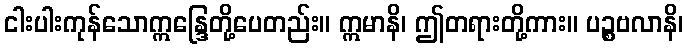
ငါးပါးကုန်သောဣန္ဒြေတို့ပေတည်း။ ဣမာနိ၊ ဤတရားတို့ကား။ ပဉ္စဗလာနိ၊